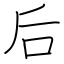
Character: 后